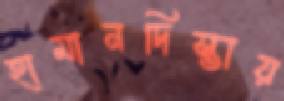
হামানদিস্তায়